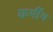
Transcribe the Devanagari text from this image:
कर्मीय